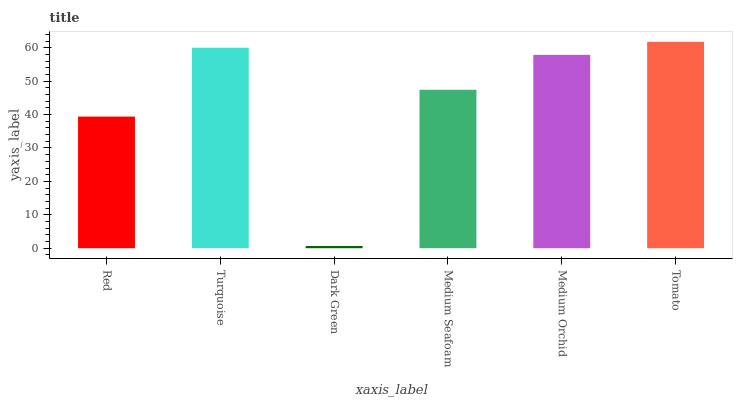
| xaxis_label | bars |
 | --- | --- |
 | Red | 39.4 |
 | Turquoise | 60 |
 | Dark Green | 0.655 |
 | Medium Seafoam | 47.4 |
 | Medium Orchid | 57.9 |
 | Tomato | 61.8 |